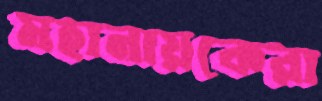
মহানায়কেরা